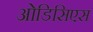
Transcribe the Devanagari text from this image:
ओडिसिएस